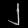
Digit: ၂